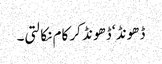
ڈھونڈ ‘ ڈھونڈ کر کام نکالتی۔